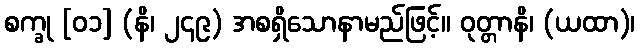
စက္ခု [၀၁] (နိ၊ ၂၄၉) အစရှိသောနာမည်ဖြင့်။ ဝုတ္တာနိ၊ (ယထာ)၊